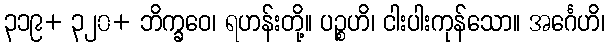
၃၁၉+ ၃၂၀+ ဘိက္ခဝေ၊ ရဟန်းတို့။ ပဉ္စဟိ၊ ငါးပါးကုန်သော။ အင်္ဂေဟိ၊